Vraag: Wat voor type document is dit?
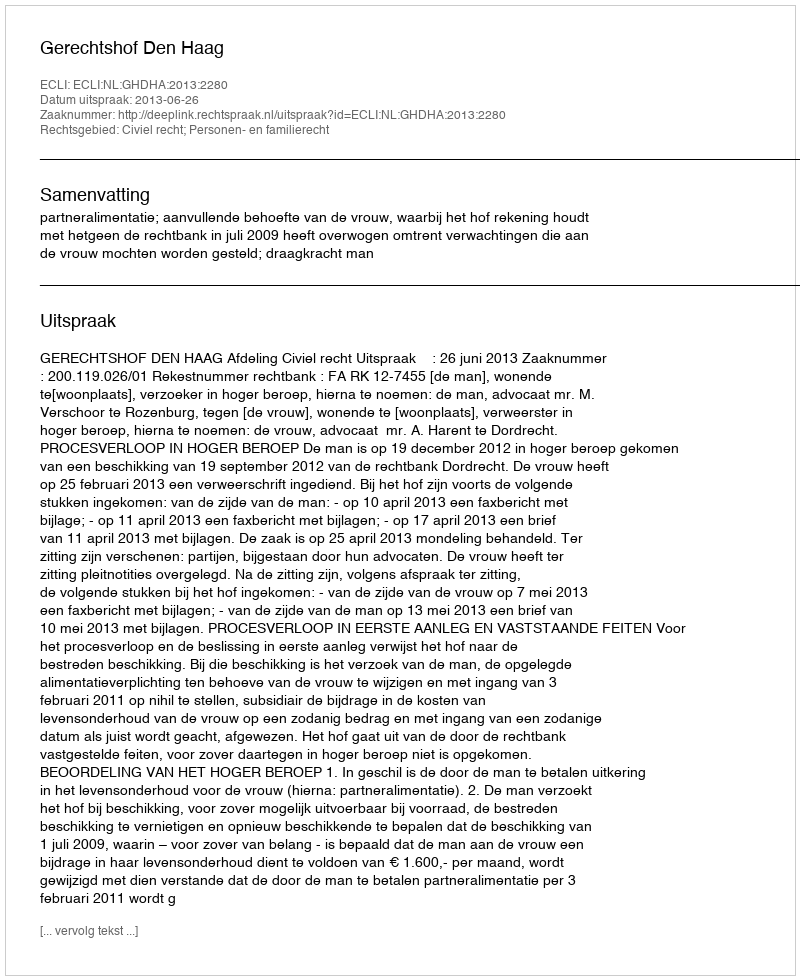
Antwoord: Uitspraak